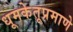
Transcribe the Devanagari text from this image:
धूमकेतूप्रमाणे